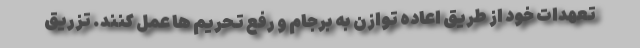
تعهدات خود از طریق اعاده توازن به برجام و رفع تحریم ها عمل کنند. تزریق